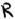
Text: R